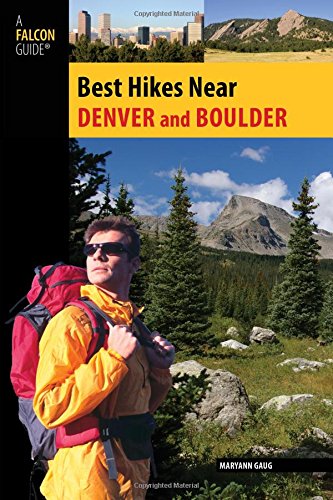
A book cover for Best Hikes Near Denver and Boulder (Best Hikes Near Series); Maryann Gaug; Travel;